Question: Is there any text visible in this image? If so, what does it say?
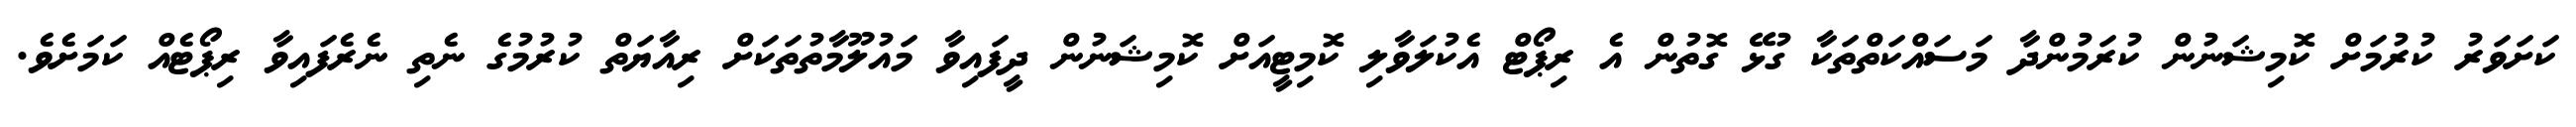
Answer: ކަށަވަރު ކުރުމަށް ކޮމިޝަނުން ކުރަމުންދާ މަސައްކަތްތަކާ ގުޅޭ ގޮތުން އެ ރިޕޯޓް އެކުލަވާލި ކޮމިޓީއަށް ކޮމިޝަނުން ދީފައިވާ މައުލޫމާތުތަކަށް ރިއާޔަތް ކުރުމުގެ ނެތި ނެރެފައިވާ ރިޕޯޓެއް ކަމަށެވެ.